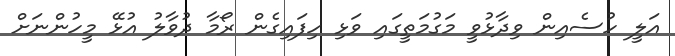
އަލީ ހުސެއިން ވިދާޅުވީ މަގުމަތީގައި ވަޅި ހިފައިގެން ރޯމާ ދުވާލު އުޅޭ މީހުންނަށް